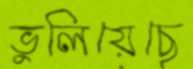
ভুলিয়েছে